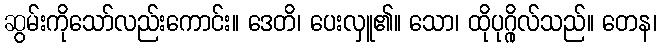
ဆွမ်းကိုသော်လည်းကောင်း။ ဒေတိ၊ ပေးလှူ၏။ သော၊ ထိုပုဂ္ဂိုလ်သည်။ တေန၊